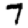
Digit: 7